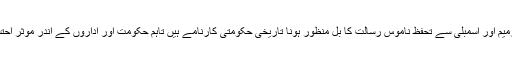
ترقیاتی بجٹ کا دوگنا ہونا،تیرہویں ترمیم اور اسمبلی سے تحفظ ناموس رسالت کا بل منظور ہونا تاریخی حکومتی کارنامے ہیں تاہم حکومت اور اداروں کے اندر موثر احتسابی نظام اور مانیٹرنگ نا گزیر ہے۔